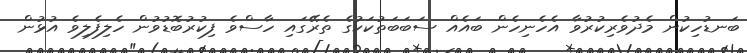
ބަނޑުހިކުން މެދުވެރިކުރުވާ އެހެނިހެން ބައެއް ސަބަބަތުކަކުގެ ތެރޭގައި ހާސްވެ ފިކުރުބޮޑުވުން ހެލިފެލިވެ އުޅުން